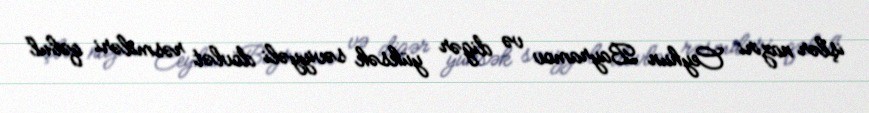
işlər naziri Ceyhun Bayramov və digər yüksək səviyyəli dövlət rəsmiləri qəbul